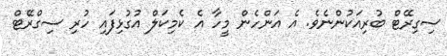
ސިގިރޭޓް ބުރިއަކުންނެވެ. އެ އަންހެން މީހާ އެ ކެމިކަލް އުގުޅިފައި ހުރި ސިގްރޭޓް